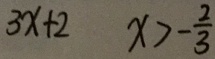
3 x + 2 x > - \frac { 2 } { 3 }